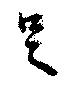
足